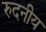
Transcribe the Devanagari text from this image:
रुदनीय